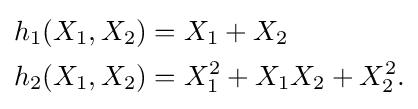
{\begin{aligned}h_{1}(X_{1},X_{2})&=X_{1}+X_{2}\\h_{2}(X_{1},X_{2})&=X_{1}^{2}+X_{1}X_{2}+X_{2}^{2}.\end{aligned}}